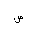
Letter: _sad